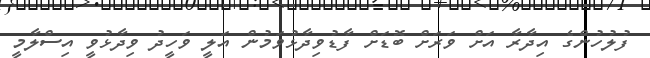
ފުލުހުންގެ އިދާރާ އަށް ވަރަށް ބޮޑަށް ފާޑުވިދާޅުވަމުން އަލީ ވަހީދު ވިދާޅުވީ އިސްލާމީ